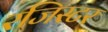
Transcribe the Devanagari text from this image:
रजिस्टर